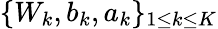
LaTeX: \{ W_{k},b_{k},a_{k}\} _{1\leq k\leq K}